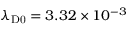
\lambda _ { \mathrm { D 0 } } = 3 . 3 2 \times 1 0 ^ { - 3 }